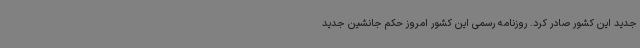
جدید این کشور صادر کرد. روزنامه رسمی این کشور امروز حکم جانشین جدید